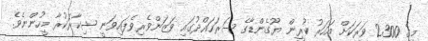
މީގެ 2300 ވަރަކަށް އަހަރު ކުރީން ޔޫގެންޑާގެ ސަރަހައްދުގައި ވަޒަންވެރިވެފައިވަނީ ޝިކާރަކުރާ މީހުންނެވެ.